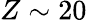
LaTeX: Z\sim 20